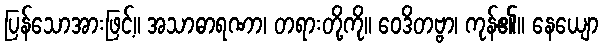
ပြန်သောအားဖြင့်။ အသာဓာရဏာ၊ တရားတို့ကို။ ဝေဒိတဗ္ဗာ၊ ကုန်၏။ နေယျော